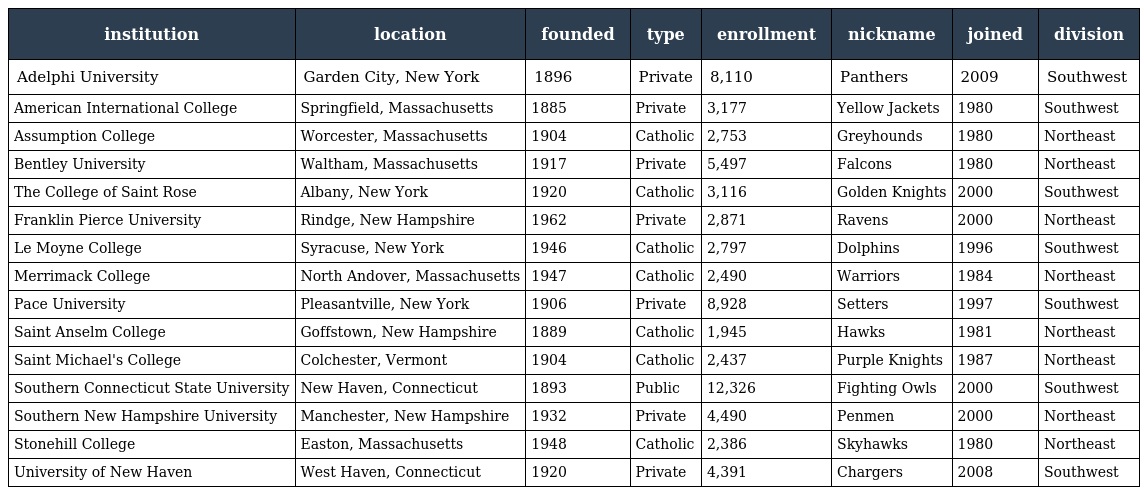
| institution | location | founded | type | enrollment | nickname | joined | division |
 | --- | --- | --- | --- | --- | --- | --- | --- |
 | Adelphi University | Garden City, New York | 1896 | Private | 8,110 | Panthers | 2009 | Southwest |
 | American International College | Springfield, Massachusetts | 1885 | Private | 3,177 | Yellow Jackets | 1980 | Southwest |
 | Assumption College | Worcester, Massachusetts | 1904 | Catholic | 2,753 | Greyhounds | 1980 | Northeast |
 | Bentley University | Waltham, Massachusetts | 1917 | Private | 5,497 | Falcons | 1980 | Northeast |
 | The College of Saint Rose | Albany, New York | 1920 | Catholic | 3,116 | Golden Knights | 2000 | Southwest |
 | Franklin Pierce University | Rindge, New Hampshire | 1962 | Private | 2,871 | Ravens | 2000 | Northeast |
 | Le Moyne College | Syracuse, New York | 1946 | Catholic | 2,797 | Dolphins | 1996 | Southwest |
 | Merrimack College | North Andover, Massachusetts | 1947 | Catholic | 2,490 | Warriors | 1984 | Northeast |
 | Pace University | Pleasantville, New York | 1906 | Private | 8,928 | Setters | 1997 | Southwest |
 | Saint Anselm College | Goffstown, New Hampshire | 1889 | Catholic | 1,945 | Hawks | 1981 | Northeast |
 | Saint Michael's College | Colchester, Vermont | 1904 | Catholic | 2,437 | Purple Knights | 1987 | Northeast |
 | Southern Connecticut State University | New Haven, Connecticut | 1893 | Public | 12,326 | Fighting Owls | 2000 | Southwest |
 | Southern New Hampshire University | Manchester, New Hampshire | 1932 | Private | 4,490 | Penmen | 2000 | Northeast |
 | Stonehill College | Easton, Massachusetts | 1948 | Catholic | 2,386 | Skyhawks | 1980 | Northeast |
 | University of New Haven | West Haven, Connecticut | 1920 | Private | 4,391 | Chargers | 2008 | Southwest |